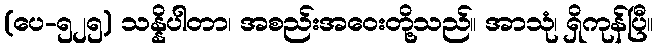
(ပေ-၅၂၅) သန္နိပါတာ၊ အစည်းအဝေးတို့သည်။ အာသုံ၊ ရှိကုန်ပြီ။